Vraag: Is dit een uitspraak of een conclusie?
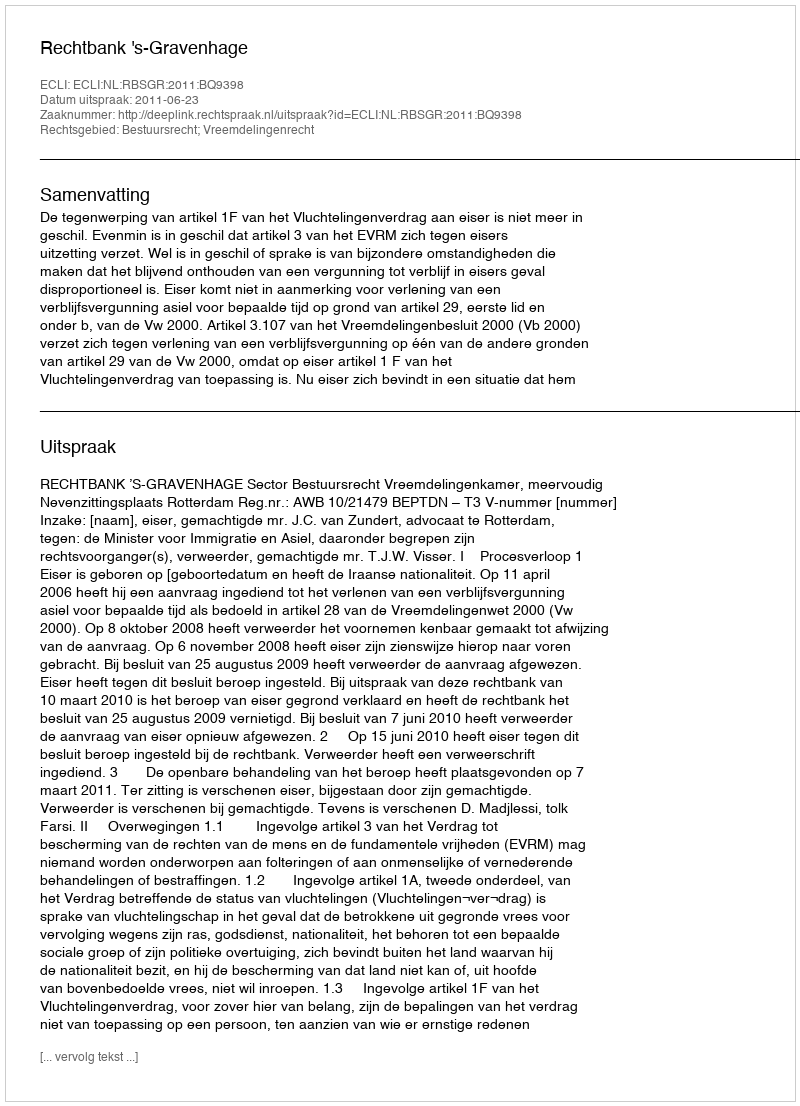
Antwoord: Uitspraak